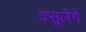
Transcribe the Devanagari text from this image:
वसूलेंगे